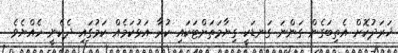
ޚަރަދުކޮށް އެތިބަގެން ގަންނަ ގަނޑަކީ ގިޔާމަތަށްޓަކައި ކުރާ އަޅުކަމެއް ކަމުގައި ދެކެނީ ހެއްޔެވެ